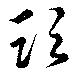
頭